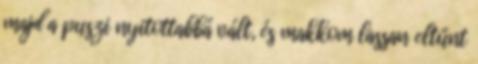
majd a puszi nyitottabbá vált, és makkom lassan eltűnt